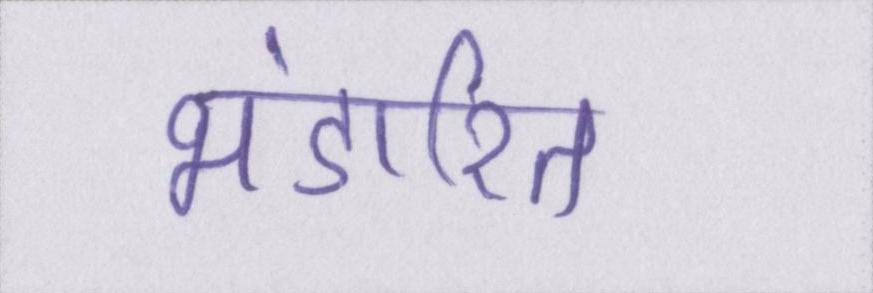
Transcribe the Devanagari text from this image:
भंडारित